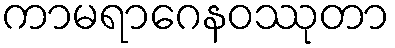
ကာမရာဂေနဝဿုတာ